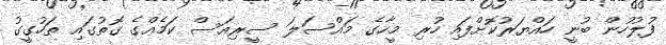
ފުލުހުން ބުނީ ހައްޔަރުކޮށްފައި ހުރި މީހާގެ މައްސަލަ ސީރިއަސް ކަމެއްގެ ގޮތުގައި ތަހުގީގު